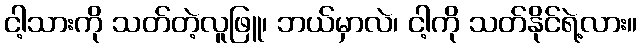
ငါ့သားကို သတ်တဲ့လူဖြူ၊ ဘယ်မှာလဲ၊ ငါ့ကို သတ်နိုင်ရဲ့လား။